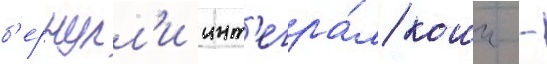
б'ернулл'и инт'егра́л коши -